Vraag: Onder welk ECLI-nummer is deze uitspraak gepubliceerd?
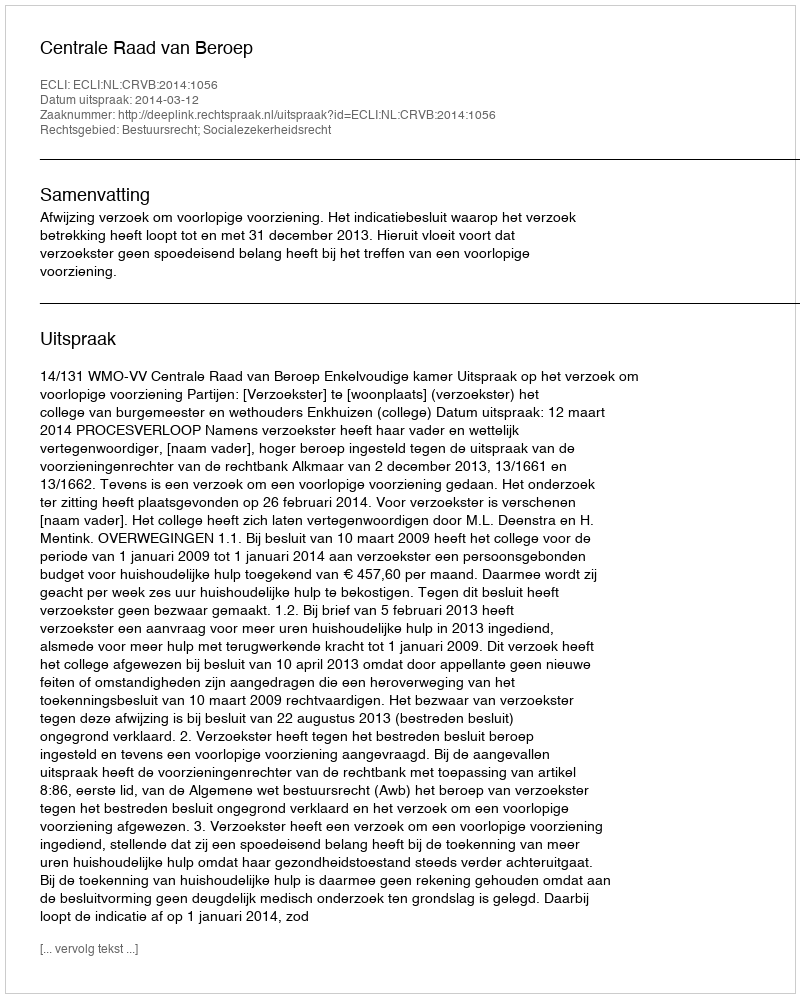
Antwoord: ECLI:NL:CRVB:2014:1056